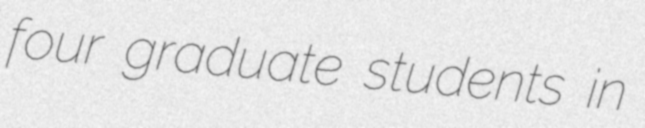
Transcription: four graduate students in